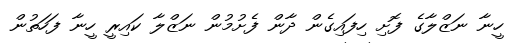
ހީނާ ނަޒްލާގެ ފޮށި ހިފައިގެން ދާން ފެށުމުން ނަޒްލާ ކައިރީ ހީނާ ފަހަތުން